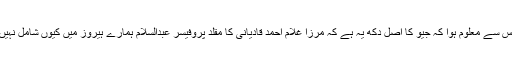
اس سے معلوم ہوا کہ جیو کا اصل دکھ یہ ہے کہ مرزا غلام احمد قادیانی کا مقلد پروفیسر عبدالسلام ہمارے ہیروز میں کیوں شامل نہیں۔